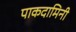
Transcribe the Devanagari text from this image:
पाकदामिनी